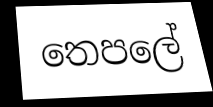
තෙපලේ